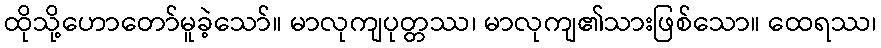
ထိုသို့ဟောတော်မူခဲ့သော်။ မာလုကျပုတ္တဿ၊ မာလုကျ၏သားဖြစ်သော။ ထေရဿ၊